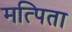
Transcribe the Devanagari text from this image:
मत्पिता